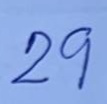
29